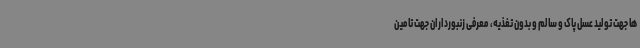
ها جهت تولید عسل پاک و سالم و بدون تغذیه، معرفی زنبورداران جهت تامین